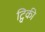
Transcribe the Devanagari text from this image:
ट्विकी